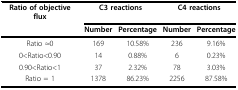
<table><thead><tr><td><b>Ratio of objective flux</b></td><td colspan="2"><b>C3 reactions</b></td><td colspan="2"><b>C4 reactions</b></td></tr><tr><td></td><td><b>Number</b></td><td><b>Percentage</b></td><td><b>Number</b></td><td><b>Percentage</b></td></tr></thead><tbody><tr><td>Ratio ≈0</td><td>169</td><td>10.58%</td><td>236</td><td>9.16%</td></tr><tr><td>0&lt;Ratio&lt;0.90</td><td>14</td><td>0.88%</td><td>6</td><td>0.23%</td></tr><tr><td>0.90&lt;Ratio&lt;1</td><td>37</td><td>2.32%</td><td>78</td><td>3.03%</td></tr><tr><td>Ratio = 1</td><td>1378</td><td>86.23%</td><td>2256</td><td>87.58%</td></tr></tbody></table>